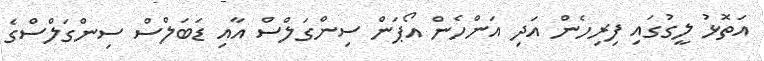
އަތޮޅު ލީގުގައި ފިރިހެން އަދި އަންހެން އޯޕަން ސިންގަލްސް އާއި ޑަބަލްސް ސިންގަލްސްގެ